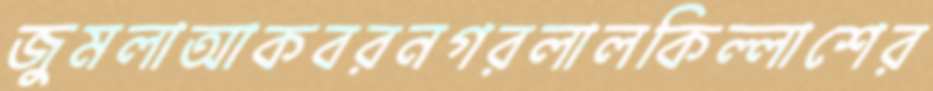
জুমলাআকবরনগরলালকিল্লাশের